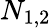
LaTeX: N_{1,2}